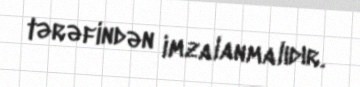
tərəfindən imzalanmalıdır.